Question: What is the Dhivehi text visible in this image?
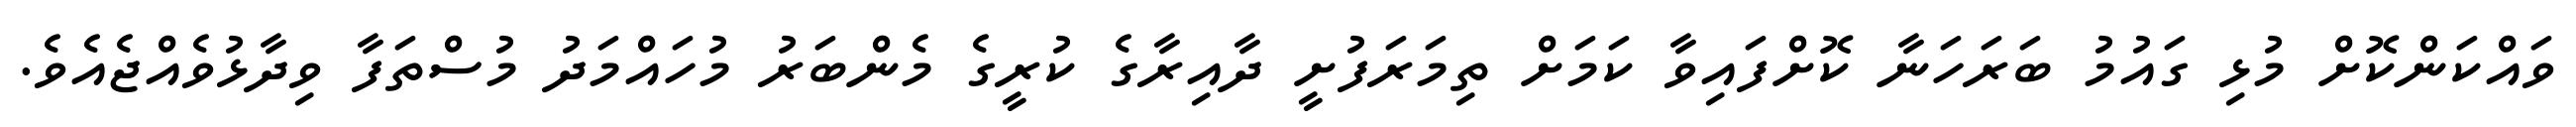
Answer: ވައްކަންކޮށް މުޅި ގައުމު ބަރަހަނާ ކޮށްފައިވާ ކަމަށް ތިމަރަފުށީ ދާއިރާގެ ކުރީގެ މެންބަރު މުހައްމަދު މުސްތަފާ ވިދާޅުވެއްޖެއެވެ.